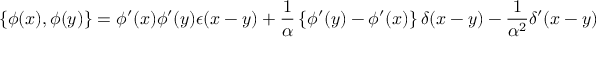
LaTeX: \left\{ \phi ( x ) , \phi ( y ) \right\} = \phi ^ { \prime } ( x ) \phi ^ { \prime } ( y ) \epsilon ( x - y ) + { \frac { 1 } { \alpha } } \left\{ \phi ^ { \prime } ( y ) - \phi ^ { \prime } ( x ) \right\} \delta ( x - y ) - { \frac { 1 } { \alpha ^ { 2 } } } \delta ^ { \prime } ( x - y )